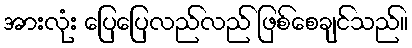
အားလုံး ပြေပြေလည်လည် ဖြစ်စေချင်သည်။